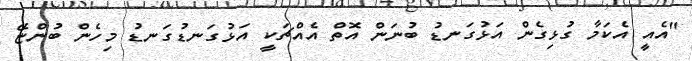
"އެއީ އެކަމާ ގުޅިގެން އަޅުގަނޑު ބުނަން އޮތް އެއްޗަކީ އަޅުގަނޑުގަނޑު މިހެން ބުންޏޭ